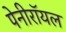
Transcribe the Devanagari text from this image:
पेनीरॉयल